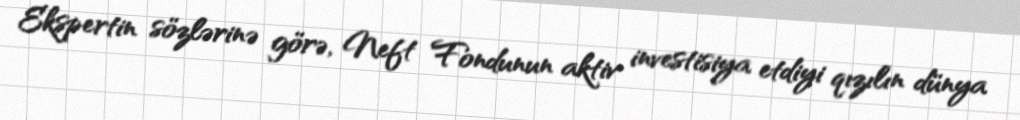
Ekspertin sözlərinə görə, Neft Fondunun aktiv investisiya etdiyi qızılın dünya